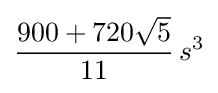
{\frac {900+720{\sqrt {5}}}{11}}\,s^{3}